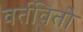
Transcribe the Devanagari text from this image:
वर्तवितो